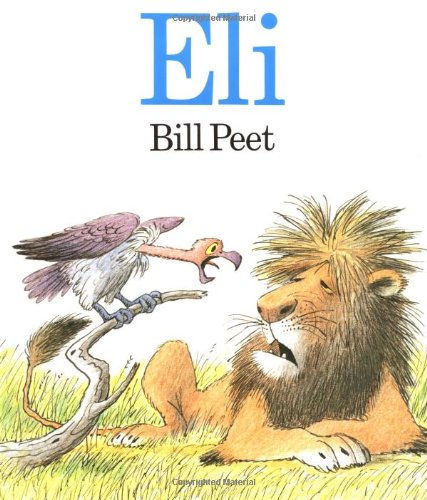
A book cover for Eli; Bill Peet; Science Fiction & Fantasy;